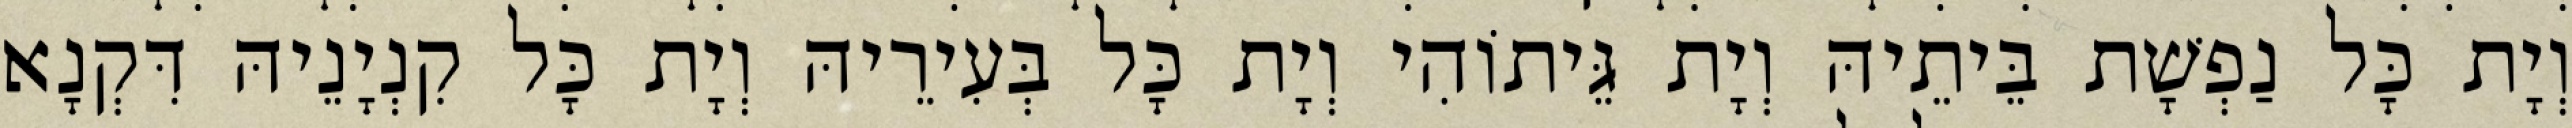
וְיָת כָּל נַפְשָׁת בֵּיתֵיהּ וְיָת גֵּיתוֹהִי וְיָת כָּל בְּעִירֵיהּ וְיָת כָּל קִנְיָנֵיהּ דִּקְנָא